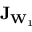
\mathbf { J } _ { \mathbf { W } _ { 1 } }